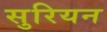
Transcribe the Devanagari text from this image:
सुरियन